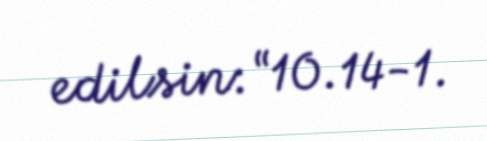
edilsin: “10.14-1.